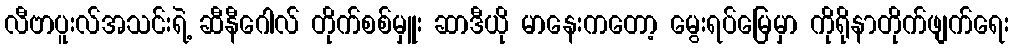
လီဗာပူးလ်အသင်းရဲ့ ဆီနီဂေါလ် တိုက်စစ်မှူး ဆာဒီယို မာနေးကတော့ မွေးရပ်မြေမှာ ကိုရိုနာတိုက်ဖျက်ရေး